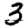
Digit: 3